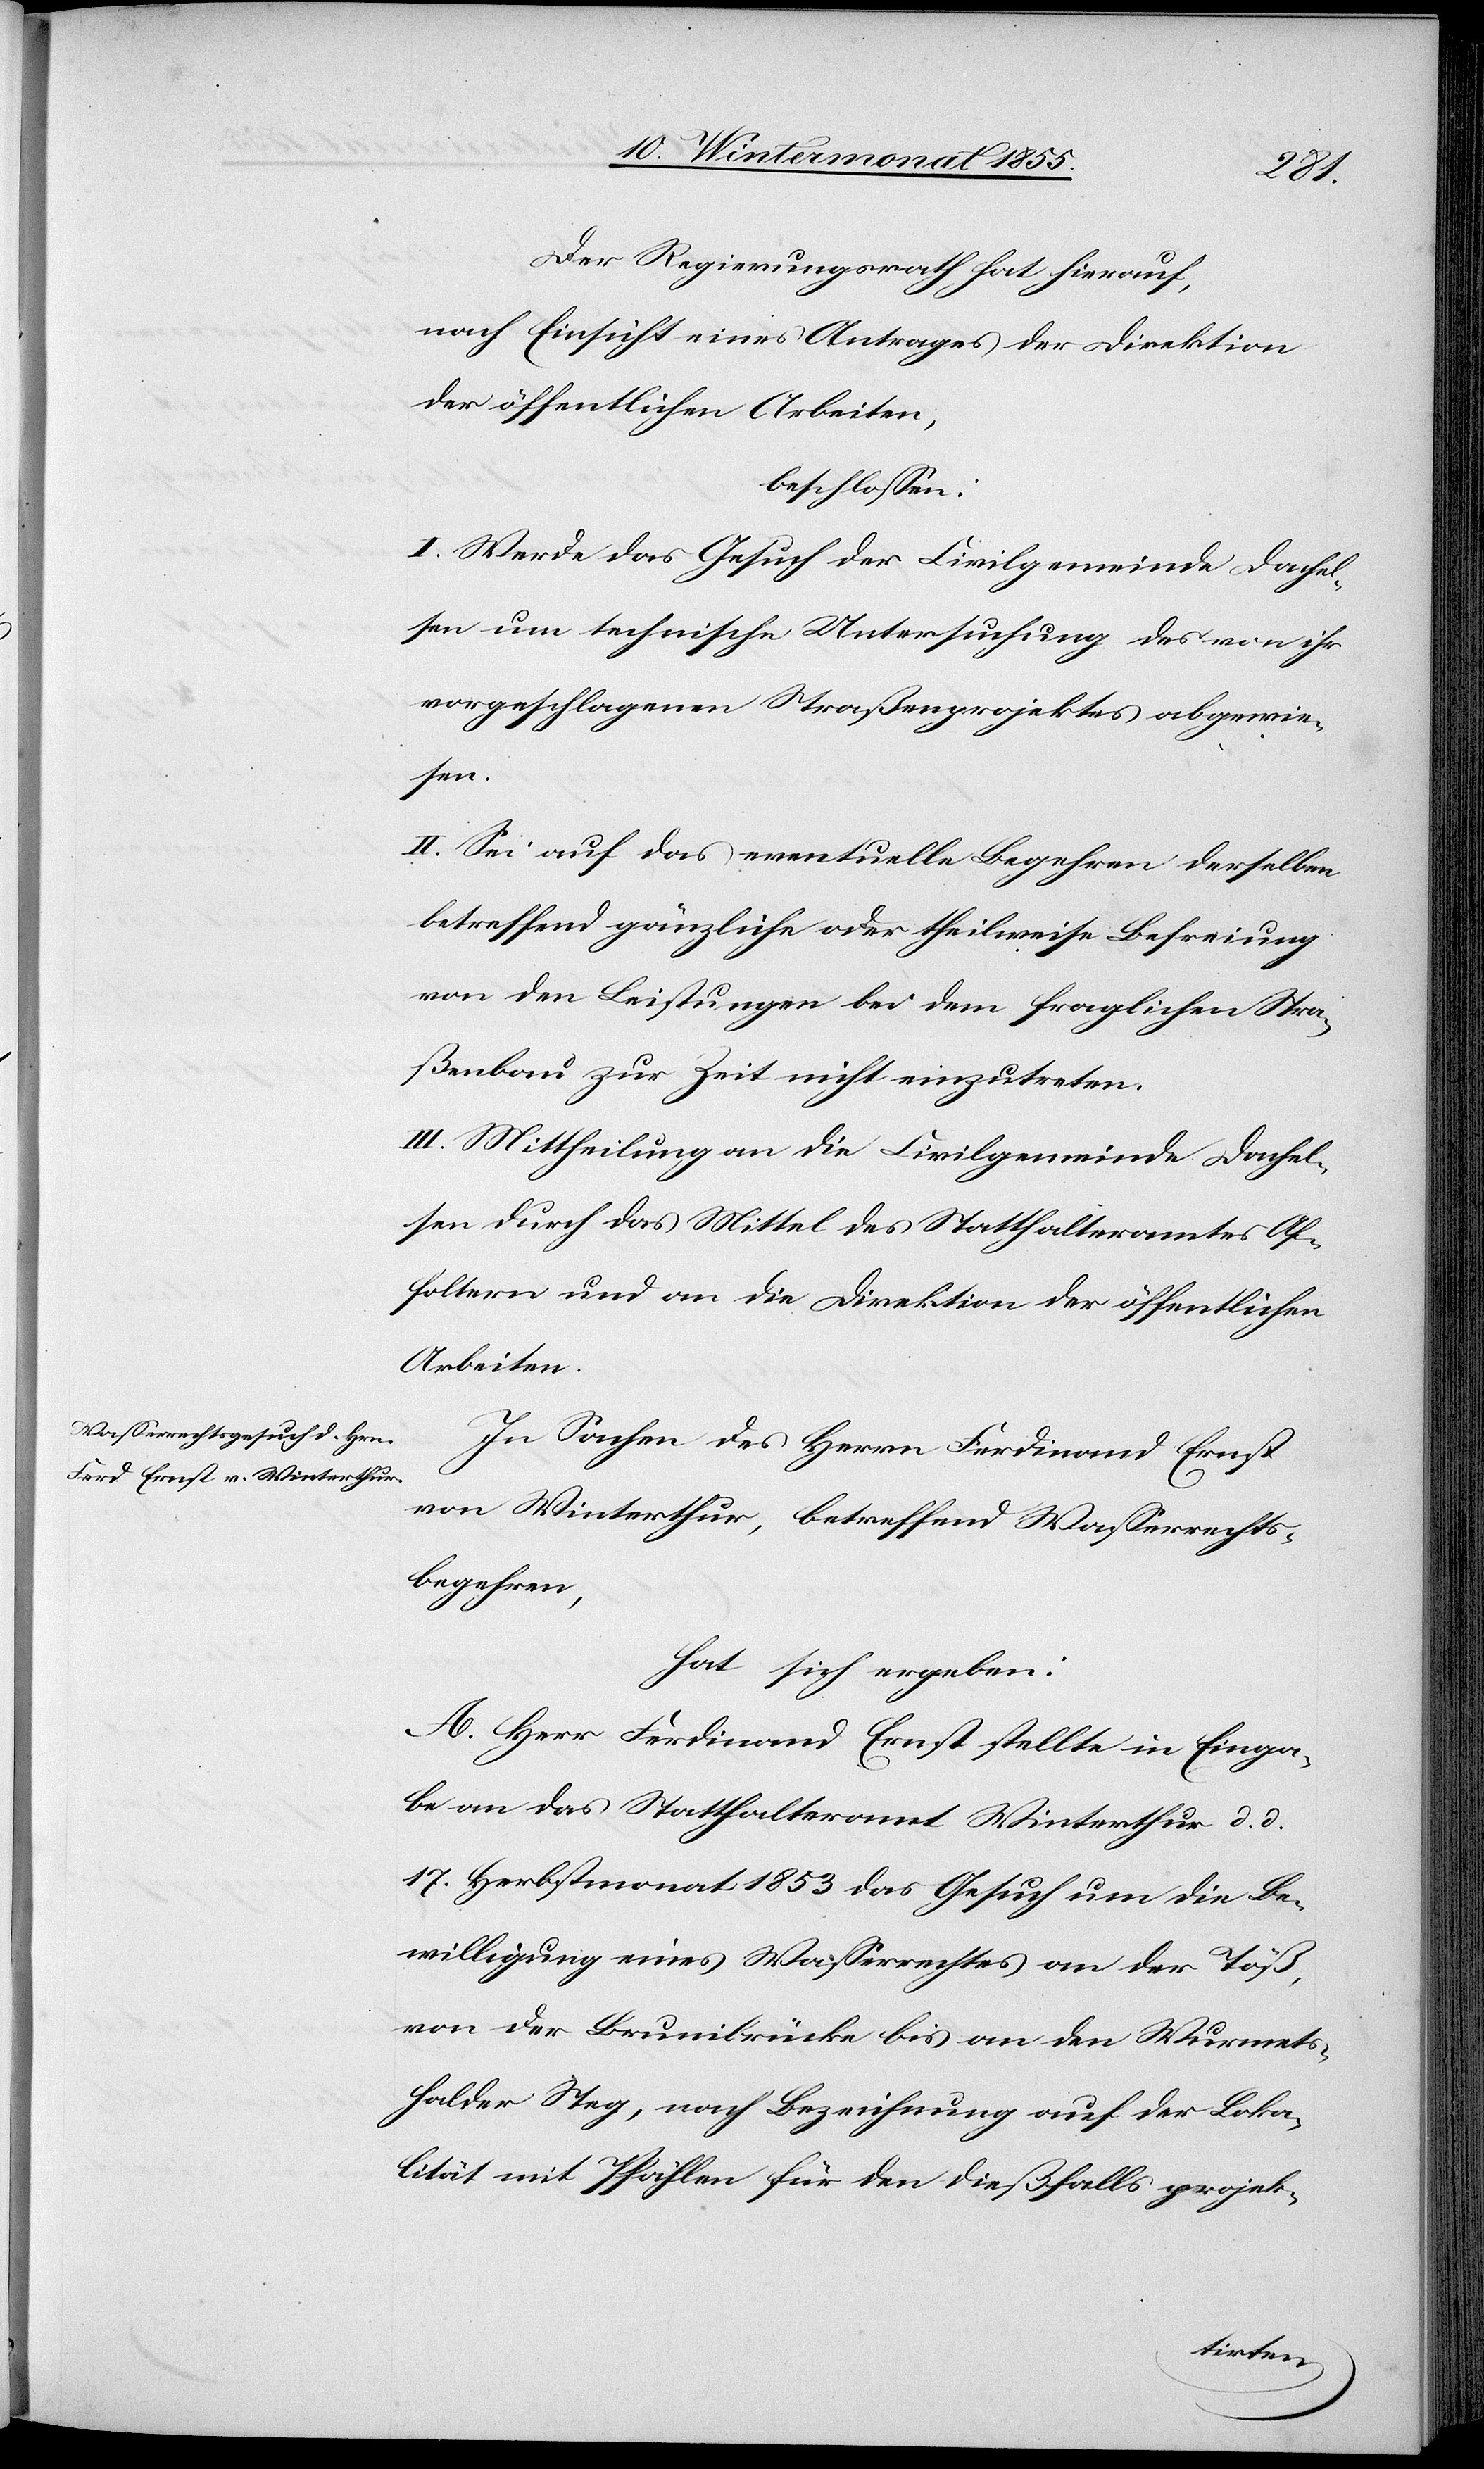
Der Regierungsrath hat hierauf,
nach Einsicht eines Antrages der Direktion
der öffentlichen Arbeiten,
beschlossen:
I. Werde das Gesuch der Civilgemeinde Dachel¬
sen um technische Untersuchung des von ihr
vorgeschlagenen Straßenprojektes abgewie¬
sen.
II. Sei auf das eventuelle Begehren derselben
betreffend gänzliche oder theilweise Befreiung
von den Leistungen bei dem fraglichen Stra¬
ßenbau zur Zeit nicht einzutreten.
III. Mittheilung an die Civilgemeinde Dachel¬
sen durch das Mittel des Statthalteramtes Af¬
foltern und an die Direktion der öffentlichen
Arbeiten.
In Sachen des Herrn Ferdinand Ernst
von Winterthur, betreffend Wasserrechts¬
begehren,
hat sich ergeben:
A. Herr Ferdinand Ernst stellte in Einga¬
be an das Statthalteramt Winterthur d. d.
17. Herbstmonat 1853 das Gesuch um die Be¬
willigung eines Wasserrechtes an der Töß,
von der Brunibrücke bis an den Wurmets¬
halder Steg, nach Bezeichnung auf der Loka¬
lität mit Pfählen für den dießfalls projek-